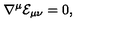
\nabla ^ { \mu } { \cal E } _ { \mu \nu } = 0 ,